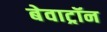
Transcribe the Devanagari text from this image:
बेवाट्रॉन